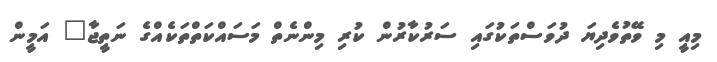
މިއީ މި ވޭތުވެދިޔަ ދުވަސްތަކުގައި ސަރުކާރުން ކުރި މިންނެތް މަސައްކަތްތަކެއްގެ ނަތީޖާ" އަމީން